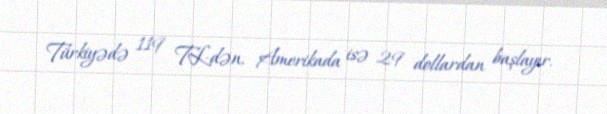
Türkiyədə 119 TL-dən, Amerikada isə 29 dollardan başlayır.